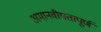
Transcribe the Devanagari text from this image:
अमानवीयतापूर्ण